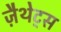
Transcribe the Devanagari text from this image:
ज़ैथेट्स